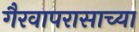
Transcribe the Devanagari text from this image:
गैरवापरासाच्या